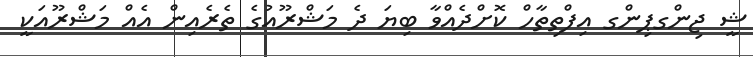
ޝީ ޖިންގޕިންގ އިފްތިތާހް ކޮށްދެއްވާ ބިޔަ ދެ މަޝްރޫއުގެ ތެރެއިން އެއް މަޝްރޫއަކީ